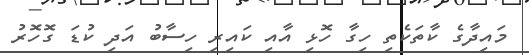
މައިދާގެ ކާތަކެތި ހިގާ ހޮޅި އާއި ކައިރި ހިސާބު އަދި ކުޑަ ގޮހޮރު